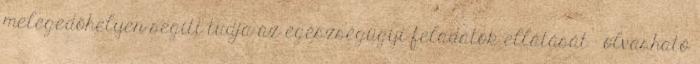
melegedőhelyen segíti tudja az egészségügyi feladatok ellátását - olvasható